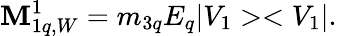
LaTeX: {\mathbf M}_{1q,W}^{1}=m_{3q}E_{q}|V_{1}><V_{1}|.